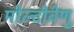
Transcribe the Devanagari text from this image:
मोल्दोवेणु